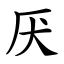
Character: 厌